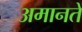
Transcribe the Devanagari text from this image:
अमानतें